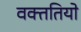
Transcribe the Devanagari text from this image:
वक्ततियो